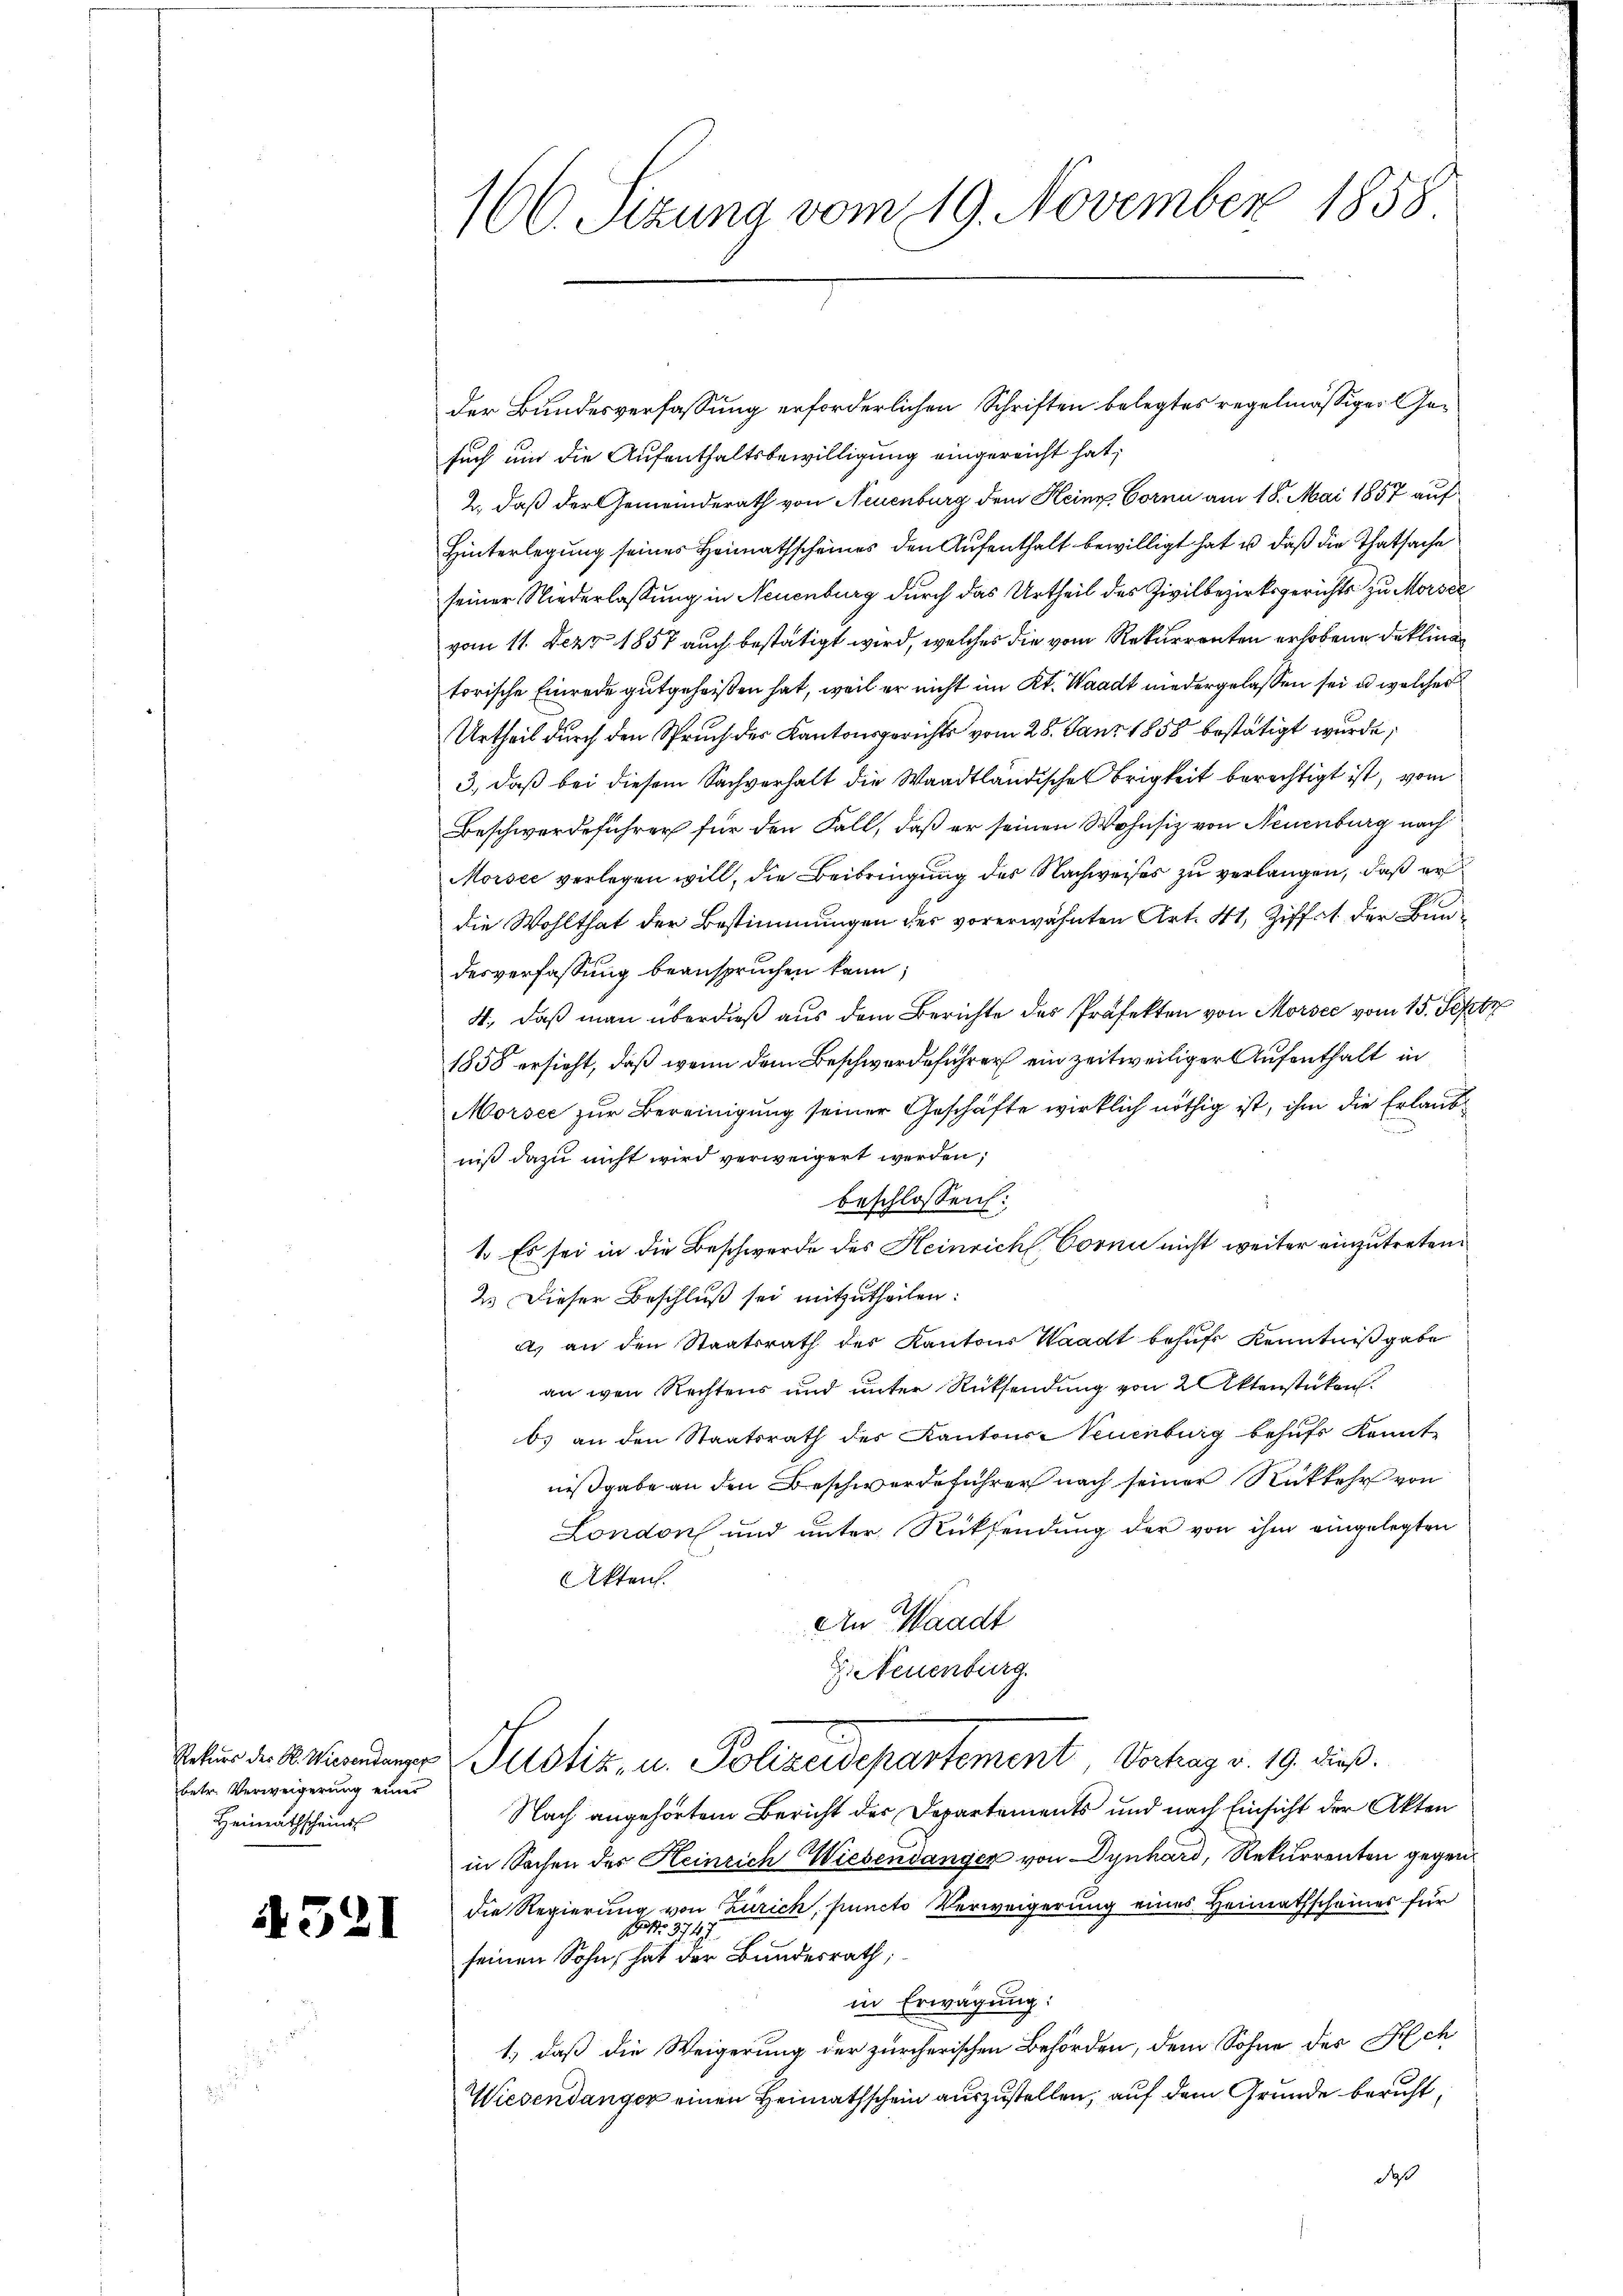
betr. Verweigerung einer
Heimathscheins

1321

160. Sizung vom 19. November 1858

der Bundesverfassung erforderlichen Schriften belegtes regelmässiger Gesuch um die Aufenthaltsbewilligung eingereicht hat;
2., daß der Gemeinderath von Neuenburg dem Keine Cornn am 18. Mai 1857 auf
Hinterlegung seines Heimathscheines den Aufenthalt bewilligt hat u daß die Thatsache
seiner Niederlassung in Neuenburg durch das Urtheil des Zivilbezirksgerichts zu Morsee
vom 11. Dezz 1857 auch bestätigt wird, welches die vom Rekurrenten erhobene Deklina
torische Einrede gutgeheißen hat, weil er nicht im Kt. Waadt niedergelassen sei u. welcher
Urtheil durch den Spruch des Kantonsgerichts vom 28. Janz 1858 bestätigt wurde;
3., daß bei diesem Sachverhalt die Waadtländischen Brigkeit berechtigt ist, vom
Beschwerdeführer für den Fall, daß er seinen Wohnsiz von Neuenburg nach
Morsee verlegen will, die Beibringung des Nachweises zu verlangen, daß er
die Wohlthat der Bestimmungen des vorerwähnten Art. 41, Ziffet der Bundesverfassung beanspruchen kann;
4., daß man überdieß aus dem Berichte des Präfekten von Morsee vom 15. Septz
1858 ersieht, daß wenn dem Beschwerdeführer ein zeitweiliger Aufenthalt in
Morsee zur Bereinigung seiner Geschäfte wirklich nöthig ist, ihm die Erlaubt
niß dazu nicht wird verweigert werden;
beschlossen:
1. Es sei in die Beschwerde des Heinrich Corni nicht weiter einzutreten
2.) Dieser Beschluß sei mitzutheilen:
 an den Staatsrath der Kantons Waadt behufs Kenntniß gabe
an wen Rechtens und unter Rücksendung von Aktenstücken.
b) an den Staatsrath des Kantons Neuenburg behufs Kennt
nißgabe an den Beschwerdeführer nach seiner Rückkehr von
London und unter Rücksendung der von ihm eingelegten
Akten.
An Waadt
. Neuenburg
Rekurs der A. Mindenger Justiz, u. Polizeidepartement, Verhag v. 19. dieß.
Nach angehörtem Bericht der Departements und nach Einsicht der Akten
in Sachen des Heinrich Wiesendanger von Dynhard, Rekurrenten gegendie Regierung von Zürich, puncto Verweigerung eines Heimathscheines für
3747
seinen Sohn, hat der Bundesrath,
in Erwägung:
1.) daß die Weigerung der zürcherischen Behörden, dem Sohne des Nich
Wiesendanger einen Heimathschein auszustellen, auf dem Grunde beruht,
daß